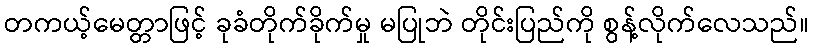
တကယ့်မေတ္တာဖြင့် ခုခံတိုက်ခိုက်မှု မပြုဘဲ တိုင်းပြည်ကို စွန့်လိုက်လေသည်။